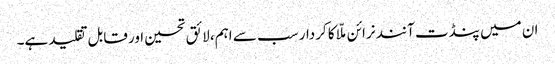
ان میں پنڈت آنند نرائن ملّا کا کردار سب سے اہم، لائق تحسین اور قابل تقلید ہے۔